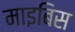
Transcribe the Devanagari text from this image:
माइबिस